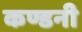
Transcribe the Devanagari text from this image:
कण्डनी